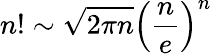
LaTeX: n!\sim{\sqrt{2\pi n}}\left({\frac{n}{e}}\right)^{n}